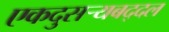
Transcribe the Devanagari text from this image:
एकदुसर्‍यबद्दल